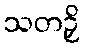
သတဉှိ